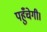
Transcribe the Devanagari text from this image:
पहुँचेगी।